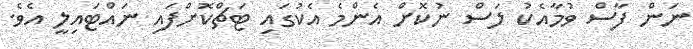
ނަން ފާސް ވުމާއެކު ލަސް ނުކޮށް އެންމެ އެކުގައި ޓަޗްކޮށްފައި ނައްޓައިލީ އެވެ.